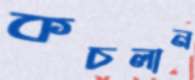
কচলান